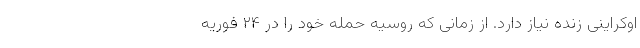
اوکراینی زنده نیاز دارد. از زمانی که روسیه حمله خود را در ۲۴ فوریه